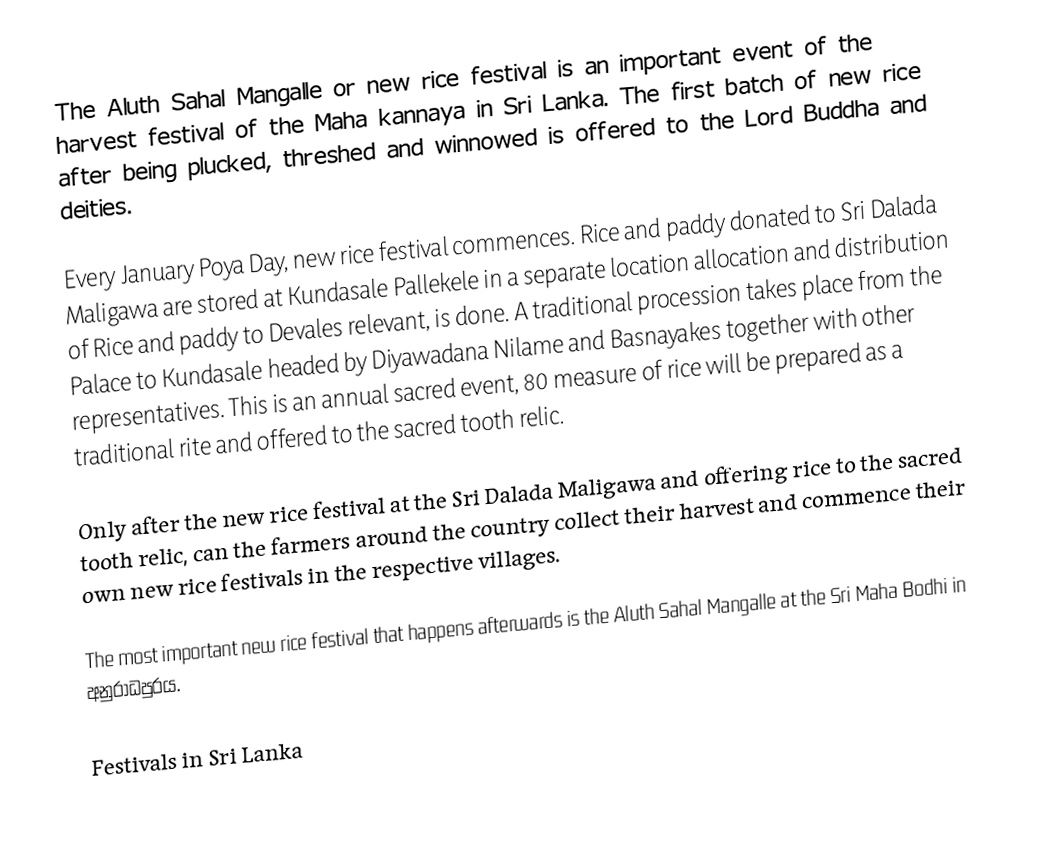
The Aluth Sahal Mangalle or new rice festival is an important event of the harvest festival of the Maha kannaya in Sri Lanka. The first batch of new rice after being plucked, threshed and winnowed is offered to the Lord Buddha and deities.

Every January Poya Day, new rice festival commences. Rice and paddy donated to Sri Dalada Maligawa are stored at Kundasale Pallekele in a separate location allocation and distribution of Rice and paddy to Devales relevant, is done. A traditional procession takes place from the Palace to Kundasale headed by Diyawadana Nilame and Basnayakes together with other representatives. This is an annual sacred event, 80 measure of rice will be prepared as a traditional rite and offered to the sacred tooth relic.

Only after the new rice festival at the Sri Dalada Maligawa and offering rice to the sacred tooth relic, can the farmers around the country collect their harvest and commence their own new rice festivals in the respective villages.

The most important new rice festival that happens afterwards is the Aluth Sahal Mangalle at the Sri Maha Bodhi in අනුරාධපුරය.

Festivals in Sri Lanka